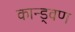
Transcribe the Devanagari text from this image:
कान्ड्वण